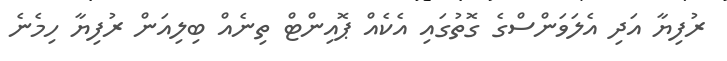
ރުފިޔާ އަދި އެލަވަންސްގެ ގޮތުގައި އެކެއް ޕޮއިންޓް ތިނެއް ބިލިއަން ރުފިޔާ ހިމެނެ